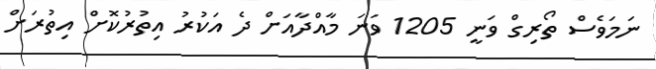
ނަމަވެސް ތޯރިގް ވަނީ 1205 ވަނަ މާއްދާއަށް ދެ އަކުރު އިތުރުކޮށް އިތުރަށް